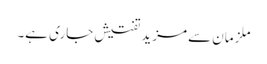
ملزمان سے مزید تفتیش جاری ہے۔